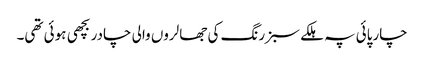
چارپائی پہ ہلکے سبز رنگ کی جھالروں والی چادر بچھی ہوئی تھی۔